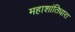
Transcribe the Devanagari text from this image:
महाशांतिधारा